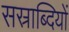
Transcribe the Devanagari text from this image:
सस्राब्दियों